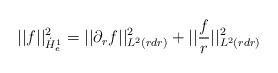
LaTeX: \begin{align*} ||f||_{\dot{H}^{1}_{e}}^{2} = ||\partial_{r}f||_{L^{2}(r dr)}^{2} + ||\frac{f}{r}||_{L^{2}(r dr)}^{2}\end{align*}